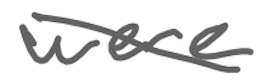
Text: were
Cross-out: diagonal
Writing tool: digital_gray